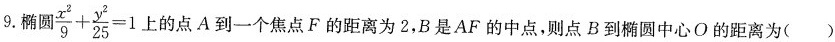
9.椭圆$$\frac { x ^ { 2 } } { 9 } + \frac { y ^ { 2 } } { 2 5 } = 1$$ 上的点 A到一个焦点 F 的距离为 2,B是AF 的中点，则点 B到椭圆中心O的距离为（）